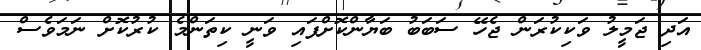
އަދި ޖަމީލު ވަކިކުރަން ޖެހޭ ސަބަބު ބަޔާންކޮށްފައި ވަނީ ކިތަންމެ ކުރުކޮށް ނަމަވެސް